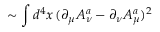
\sim \int d ^ { 4 } x \, ( \partial _ { \mu } A _ { \nu } ^ { a } - \partial _ { \nu } A _ { \mu } ^ { a } ) ^ { 2 }